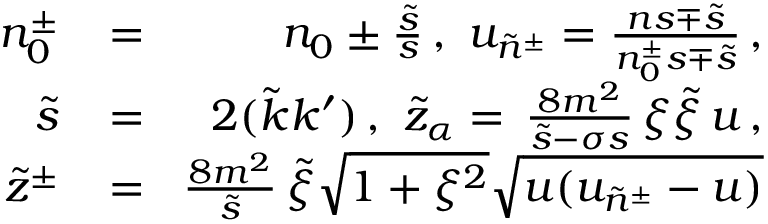
\begin{array} { r l r } { n _ { 0 } ^ { \pm } \! } & { { } = } & { \! n _ { 0 } \pm \frac { \tilde { s } } { s } \, , \ u _ { \tilde { n } ^ { \pm } } = \frac { n s \mp \tilde { s } } { n _ { 0 } ^ { \pm } s \mp \tilde { s } } \, , } \\ { \tilde { s } \! } & { { } = } & { \! 2 ( \tilde { k } k ^ { \prime } ) \, , \ \tilde { z } _ { \alpha } = \, \frac { 8 m ^ { 2 } } { \tilde { s } - \sigma s } \, \xi \tilde { \xi } \, u \, , } \\ { \tilde { z } ^ { \pm } \! } & { { } = } & { \! \frac { 8 m ^ { 2 } } { \tilde { s } } \, \tilde { \xi } \sqrt { 1 + \xi ^ { 2 } } \sqrt { u ( u _ { \tilde { n } ^ { \pm } } - u ) } } \end{array}